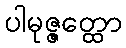
ပါမုဇ္ဇတ္ထော